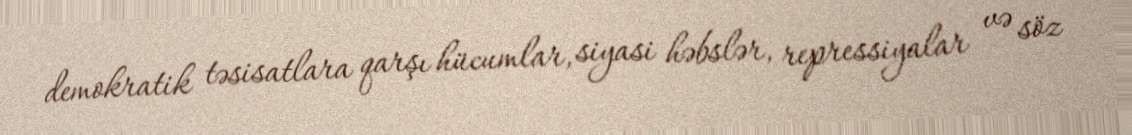
demokratik təsisatlara qarşı hücumlar, siyasi həbslər, repressiyalar və söz